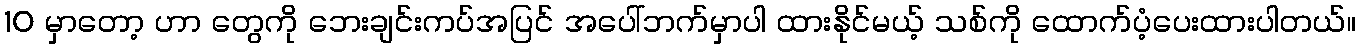
10 မှာတော့ ဟာ တွေကို ဘေးချင်းကပ်အပြင် အပေါ်ဘက်မှာပါ ထားနိုင်မယ့် သစ်ကို ထောက်ပံ့ပေးထားပါတယ်။